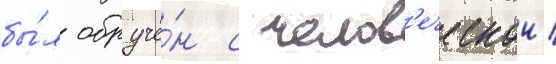
бы́л обручё́н с челов'еческои